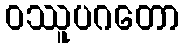
ဝဿူပဂတော